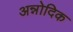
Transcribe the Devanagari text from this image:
अन्नोदिक